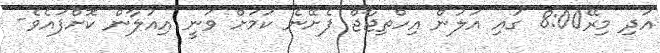
އަދި މިރޭ8:00 ގައި އަލުން އިހްތިޖާޖް ފެށޭނެ ކަމަށް ވަނީ އިއުލާން ކޮށްފައެވެ-